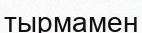
тырмамен